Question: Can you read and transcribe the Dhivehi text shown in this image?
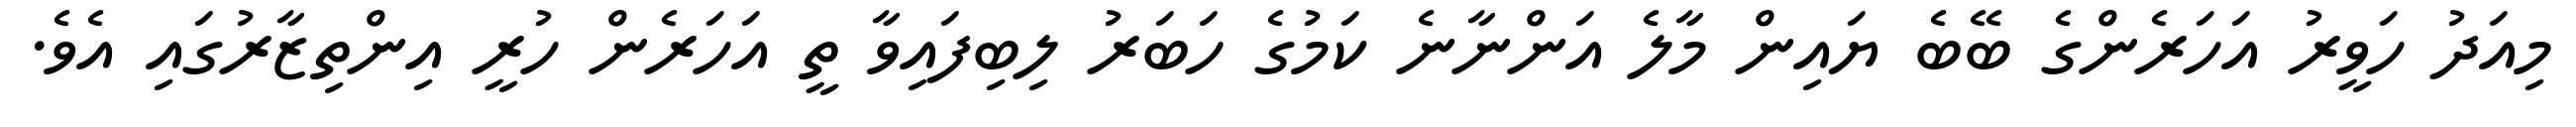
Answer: މިއަދު ހަވީރު އަހަރެންގެ ބޭބެ ޔައިން މާލެ އަންނާނެ ކަމުގެ ހަބަރު ލިބިފައިވާ ތީ އަހަރެން ހުރީ އިންތިޒާރުގައި އެވެ.